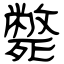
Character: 斃